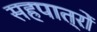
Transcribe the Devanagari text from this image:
सहपात्रों